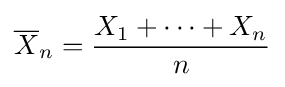
{\overline {X}}_{n}={\frac {X_{1}+\cdots +X_{n}}{n}}